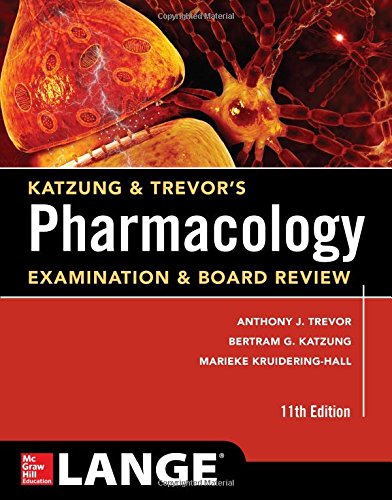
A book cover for Katzung & Trevor's Pharmacology Examination and Board Review,11th Edition (Katzung & Trevor's Pharmacology Examination & Board Review); Anthony Trevor; Test Preparation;